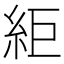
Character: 䋌